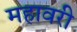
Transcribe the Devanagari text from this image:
महावरी